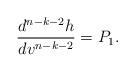
LaTeX: \begin{align*} \frac{d^{n-k-2}h}{dv^{n-k-2}}=P_1.\end{align*}